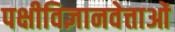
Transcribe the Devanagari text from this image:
पक्षीविज्ञानवेत्ताओं